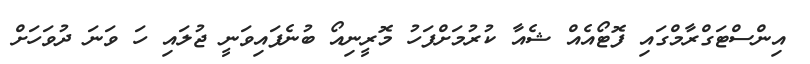
އިންސްޓަގްރާމްގައި ފޮޓޯއެއް ޝެއާ ކުރުމަށްފަހު މޮރީނިއޯ ބުނެފައިވަނީ ޖުލައި ހަ ވަނަ ދުވަހަށް